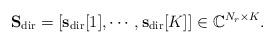
LaTeX: \begin{align*} {\bf S}_{\textrm{dir}}= [{\mathbf s}_{\textrm{dir}}[1],\cdots,{\mathbf s}_{\textrm{dir}}[K]]\in\mathbb{C}^{N_r\times K}. \end{align*}